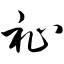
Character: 祉